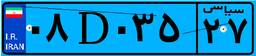
۰۸D۰۳۵۲۷